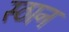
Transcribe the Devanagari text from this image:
स्ठान